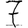
Digit: 7